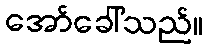
အော်ခေါ်သည်။